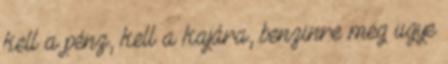
kell a pénz, kell a kajára, benzinre meg ugye